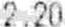
2.20